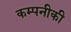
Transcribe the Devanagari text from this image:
कम्पनीकी